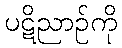
ပဋိညာဉ်ကို